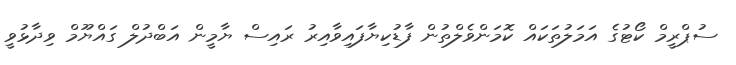
ސުޕްރީމް ކޯޓުގެ އަމަލުތަކައް ކޮމަންވެލްތުން ފާޑުކިޔާފައިވާއިރު ރައިސް ޔާމީން އަބްދުލް ގައްޔޫމް ވިދާޅުވީ